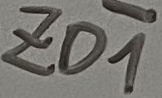
Text: ZD1